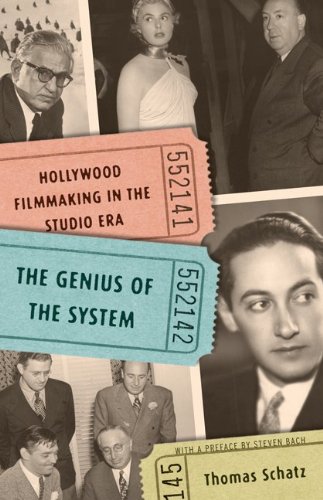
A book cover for The Genius of the System: Hollywood Filmmaking in the Studio Era; Thomas Schatz; Humor & Entertainment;